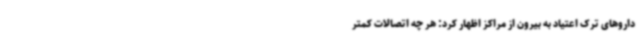
داروهای ترک اعتیاد به بیرون از مراکز اظهار کرد: هر چه اتصالات کمتر